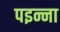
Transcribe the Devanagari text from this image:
पइन्ना